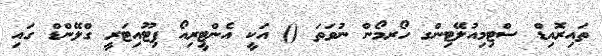
ތައިރޮއިޑް ސްޓިމިއުލޭޓިންގ ހޯރމޯން ނުވަތަ () އަކީ އެންޓީރިއޯ ޕިޓޫއިޓަރީ ގްލޭންޑް ގައި